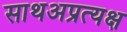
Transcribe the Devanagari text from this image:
साथअप्रत्यक्ष